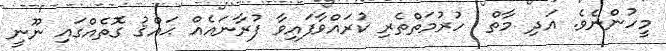
މީހުންނެވެ. އަދި މާތް  ހުރުމަތްތެރި ކުރައްވާފައިވާ ފުރާނައެއް ޙައްޤު ގޮތެއްގައި ނޫނީ